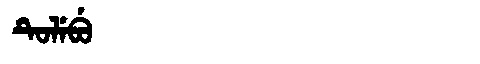
Manchu: ᡨᡠᠯᡝᠪᡠ
Romanization: TULEBU